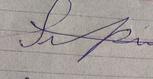
Signature authenticity: forged